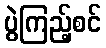
ပွဲကြည့်စင်